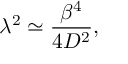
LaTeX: \lambda ^ { 2 } \simeq \frac { \beta ^ { 4 } } { 4 D ^ { 2 } } ,